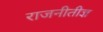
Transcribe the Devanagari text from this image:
राजनीतीज्ञ